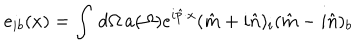
LaTeX: e _ { i b } ( x ) = \int \, d \Omega \, a ( \Omega ) e ^ { i { \hat { p } } \cdot x } ( { \hat { m } } + i { \hat { n } } ) _ { i } ( { \hat { m } } - i { \hat { n } } ) _ { b }